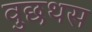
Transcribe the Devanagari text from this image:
वुछथस